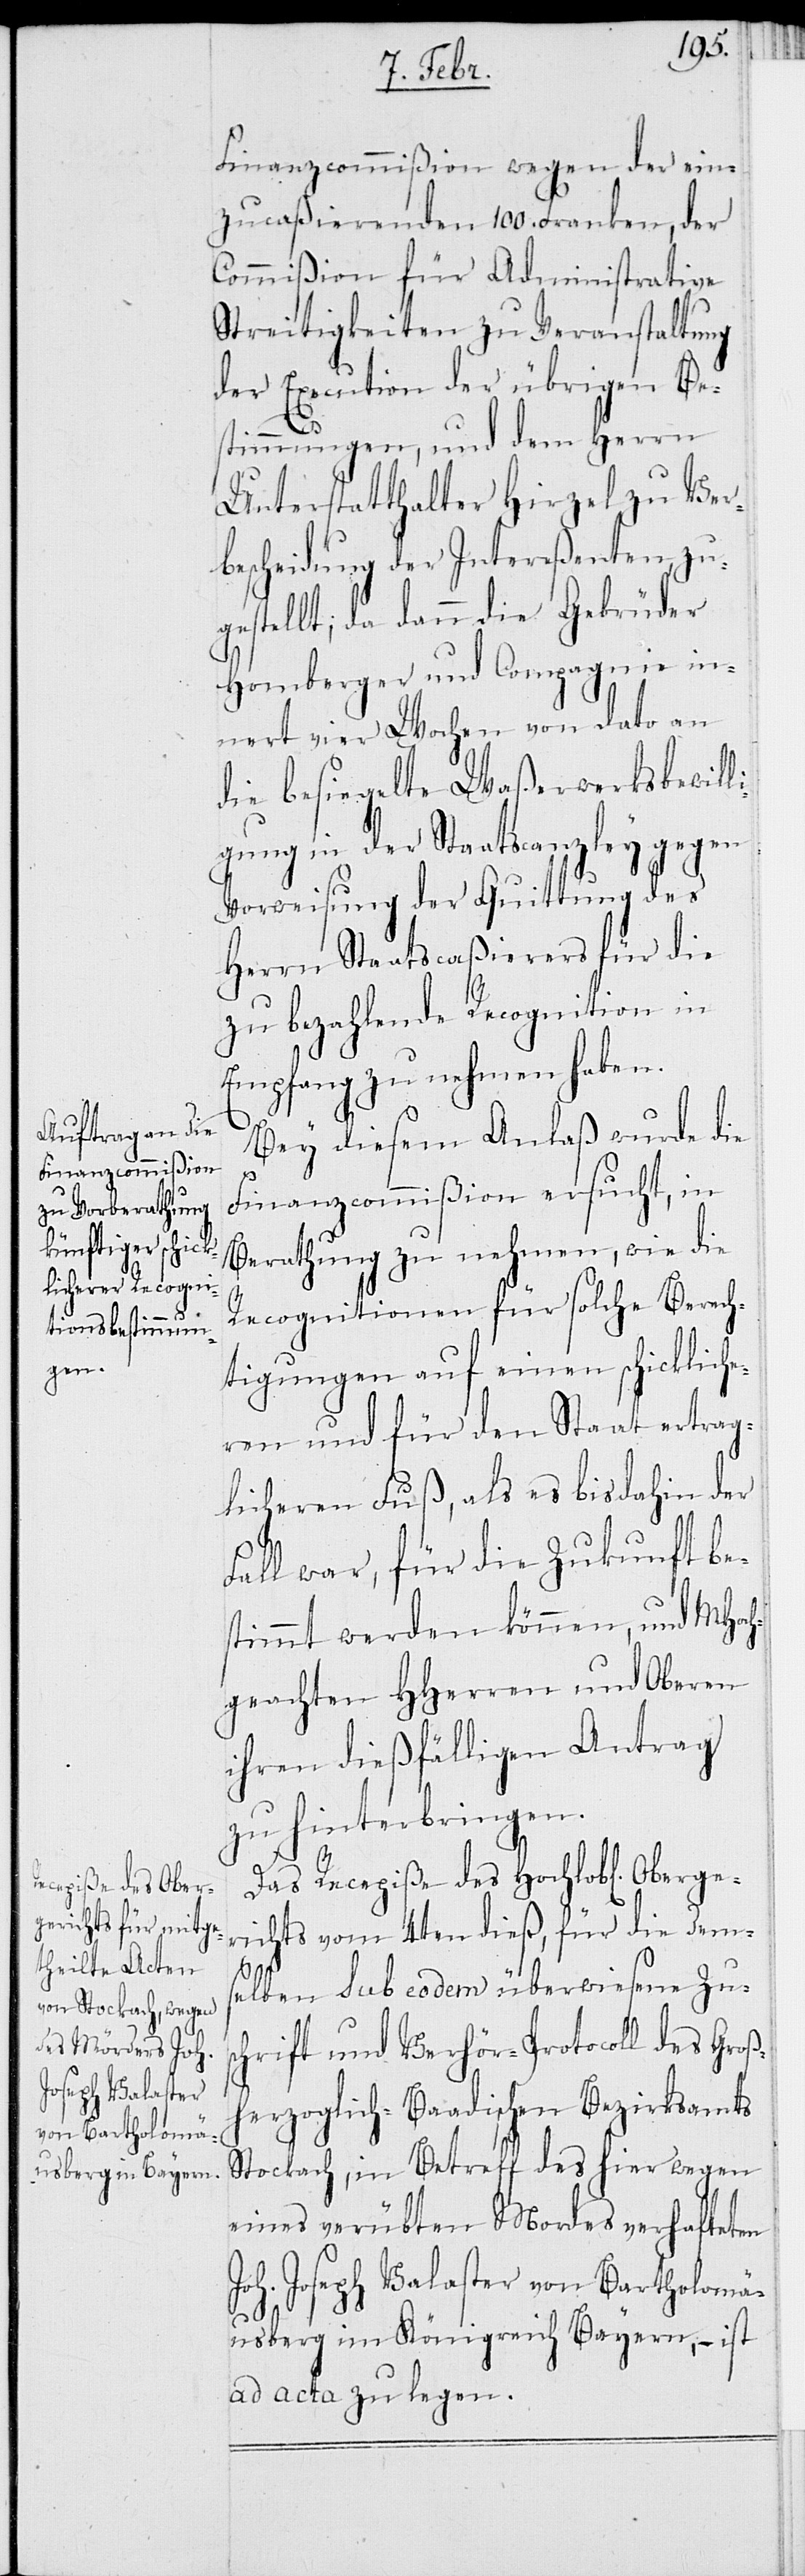
Oberge¬
Finanzcommißion wegen der ein¬
zucaßierenden 100. Franken, der
Commißion für Administrative
Streitigkeiten zu Veranstaltung
der Execution der übrigen Bes¬
timmungen, und dem Herrn
Unterstatthalter Hirzel zu Ver¬
bescheidung der Intereßenten, zu¬
gestellt; da dann die Gebrüder
Homberger und Compagnie in¬
nert vier Wochen von dato an
die besiegelte Waßerwerksbewill¬
igung in der Staatscanzley gegen
Vorweisung der Quittung des
Herrn Staatscaßierers für die
zu bezahlende Recognition in
Empfang zu nehmen haben.
Bey diesem Anlaß wurde die
Finanzcommißion ersucht, in
Berathung zu nehmen, wie die
Recognitionen für solche Berech¬
tigungen auf einen schickliche¬
ren und für den Staat ertrag¬
licheren Fuß, als es bis dahin der
Fall war, für die Zukunft be¬
stimmt werden können, und MHoch¬
geachten HHerren und Oberen
ihren dießfälligen Antrag
zu hinterbringen.
Das Recepiße des Hochlobl[ichen]
richts vom 14ten dieß, für die dem¬
selben sub eodem überwiesene Zus¬
chrift und Verhör-Protocoll des Groß¬
herzoglich-Baadischen Bezirksamts
Stockach, in Betreff des hier wegen
eines verübten Mordes verhalteten
Joh. Joseph Valaster von Bartholomä¬
usberg im Königreich Bayern, – ist
ad acta zu legen.